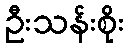
ဦးသန်းစိုး